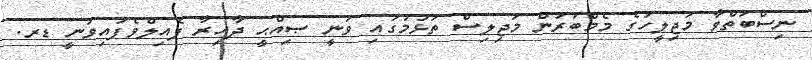
ނިސްބަތްވާ މަޖިލީހުގެ މެމްބަރުން މަޖިލިސް ތަޅުމުގައި ވަނީ ޞިއްޙީ ދާއިރާ ފެއިލްވެފައިވަނީ ޑރ.